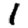
Digit: 1